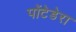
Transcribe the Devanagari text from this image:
पोंटेडेरा